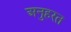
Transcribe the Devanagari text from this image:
अनुहरत